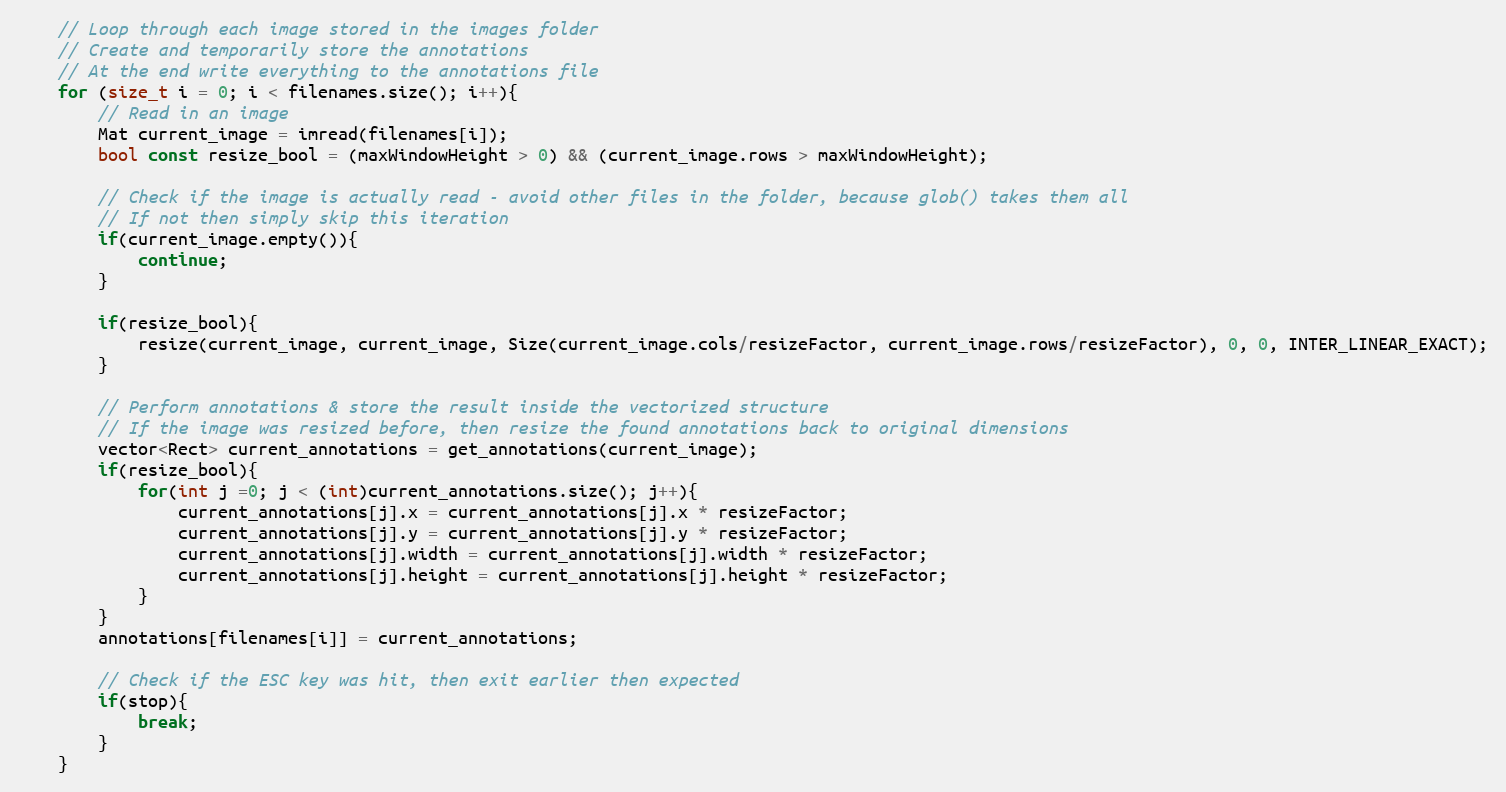
Language: C++
    // Loop through each image stored in the images folder
    // Create and temporarily store the annotations
    // At the end write everything to the annotations file
    for (size_t i = 0; i < filenames.size(); i++){
        // Read in an image
        Mat current_image = imread(filenames[i]);
        bool const resize_bool = (maxWindowHeight > 0) && (current_image.rows > maxWindowHeight);

        // Check if the image is actually read - avoid other files in the folder, because glob() takes them all
        // If not then simply skip this iteration
        if(current_image.empty()){
            continue;
        }

        if(resize_bool){
            resize(current_image, current_image, Size(current_image.cols/resizeFactor, current_image.rows/resizeFactor), 0, 0, INTER_LINEAR_EXACT);
        }

        // Perform annotations & store the result inside the vectorized structure
        // If the image was resized before, then resize the found annotations back to original dimensions
        vector<Rect> current_annotations = get_annotations(current_image);
        if(resize_bool){
            for(int j =0; j < (int)current_annotations.size(); j++){
                current_annotations[j].x = current_annotations[j].x * resizeFactor;
                current_annotations[j].y = current_annotations[j].y * resizeFactor;
                current_annotations[j].width = current_annotations[j].width * resizeFactor;
                current_annotations[j].height = current_annotations[j].height * resizeFactor;
            }
        }
        annotations[filenames[i]] = current_annotations;

        // Check if the ESC key was hit, then exit earlier then expected
        if(stop){
            break;
        }
    }